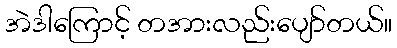
အဲဒါကြောင့် တအားလည်းပျော်တယ်။